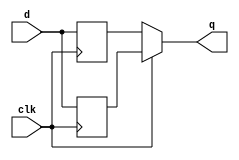
module DualEdgeTFF (
    input clk,
    input d,
    output q
);
    wire p_edge, n_edge;

    // posedge
    always @(posedge clk) begin
        p_edge <= d;    
    end

    // negedge
    always @(negedge clk) begin
        n_edge <= d;
    end

    // choose edge
    assign q = (clk) ? p_edge : n_edge;
endmodule